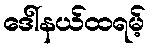
ဒေါ်နယ်ထရမ့်